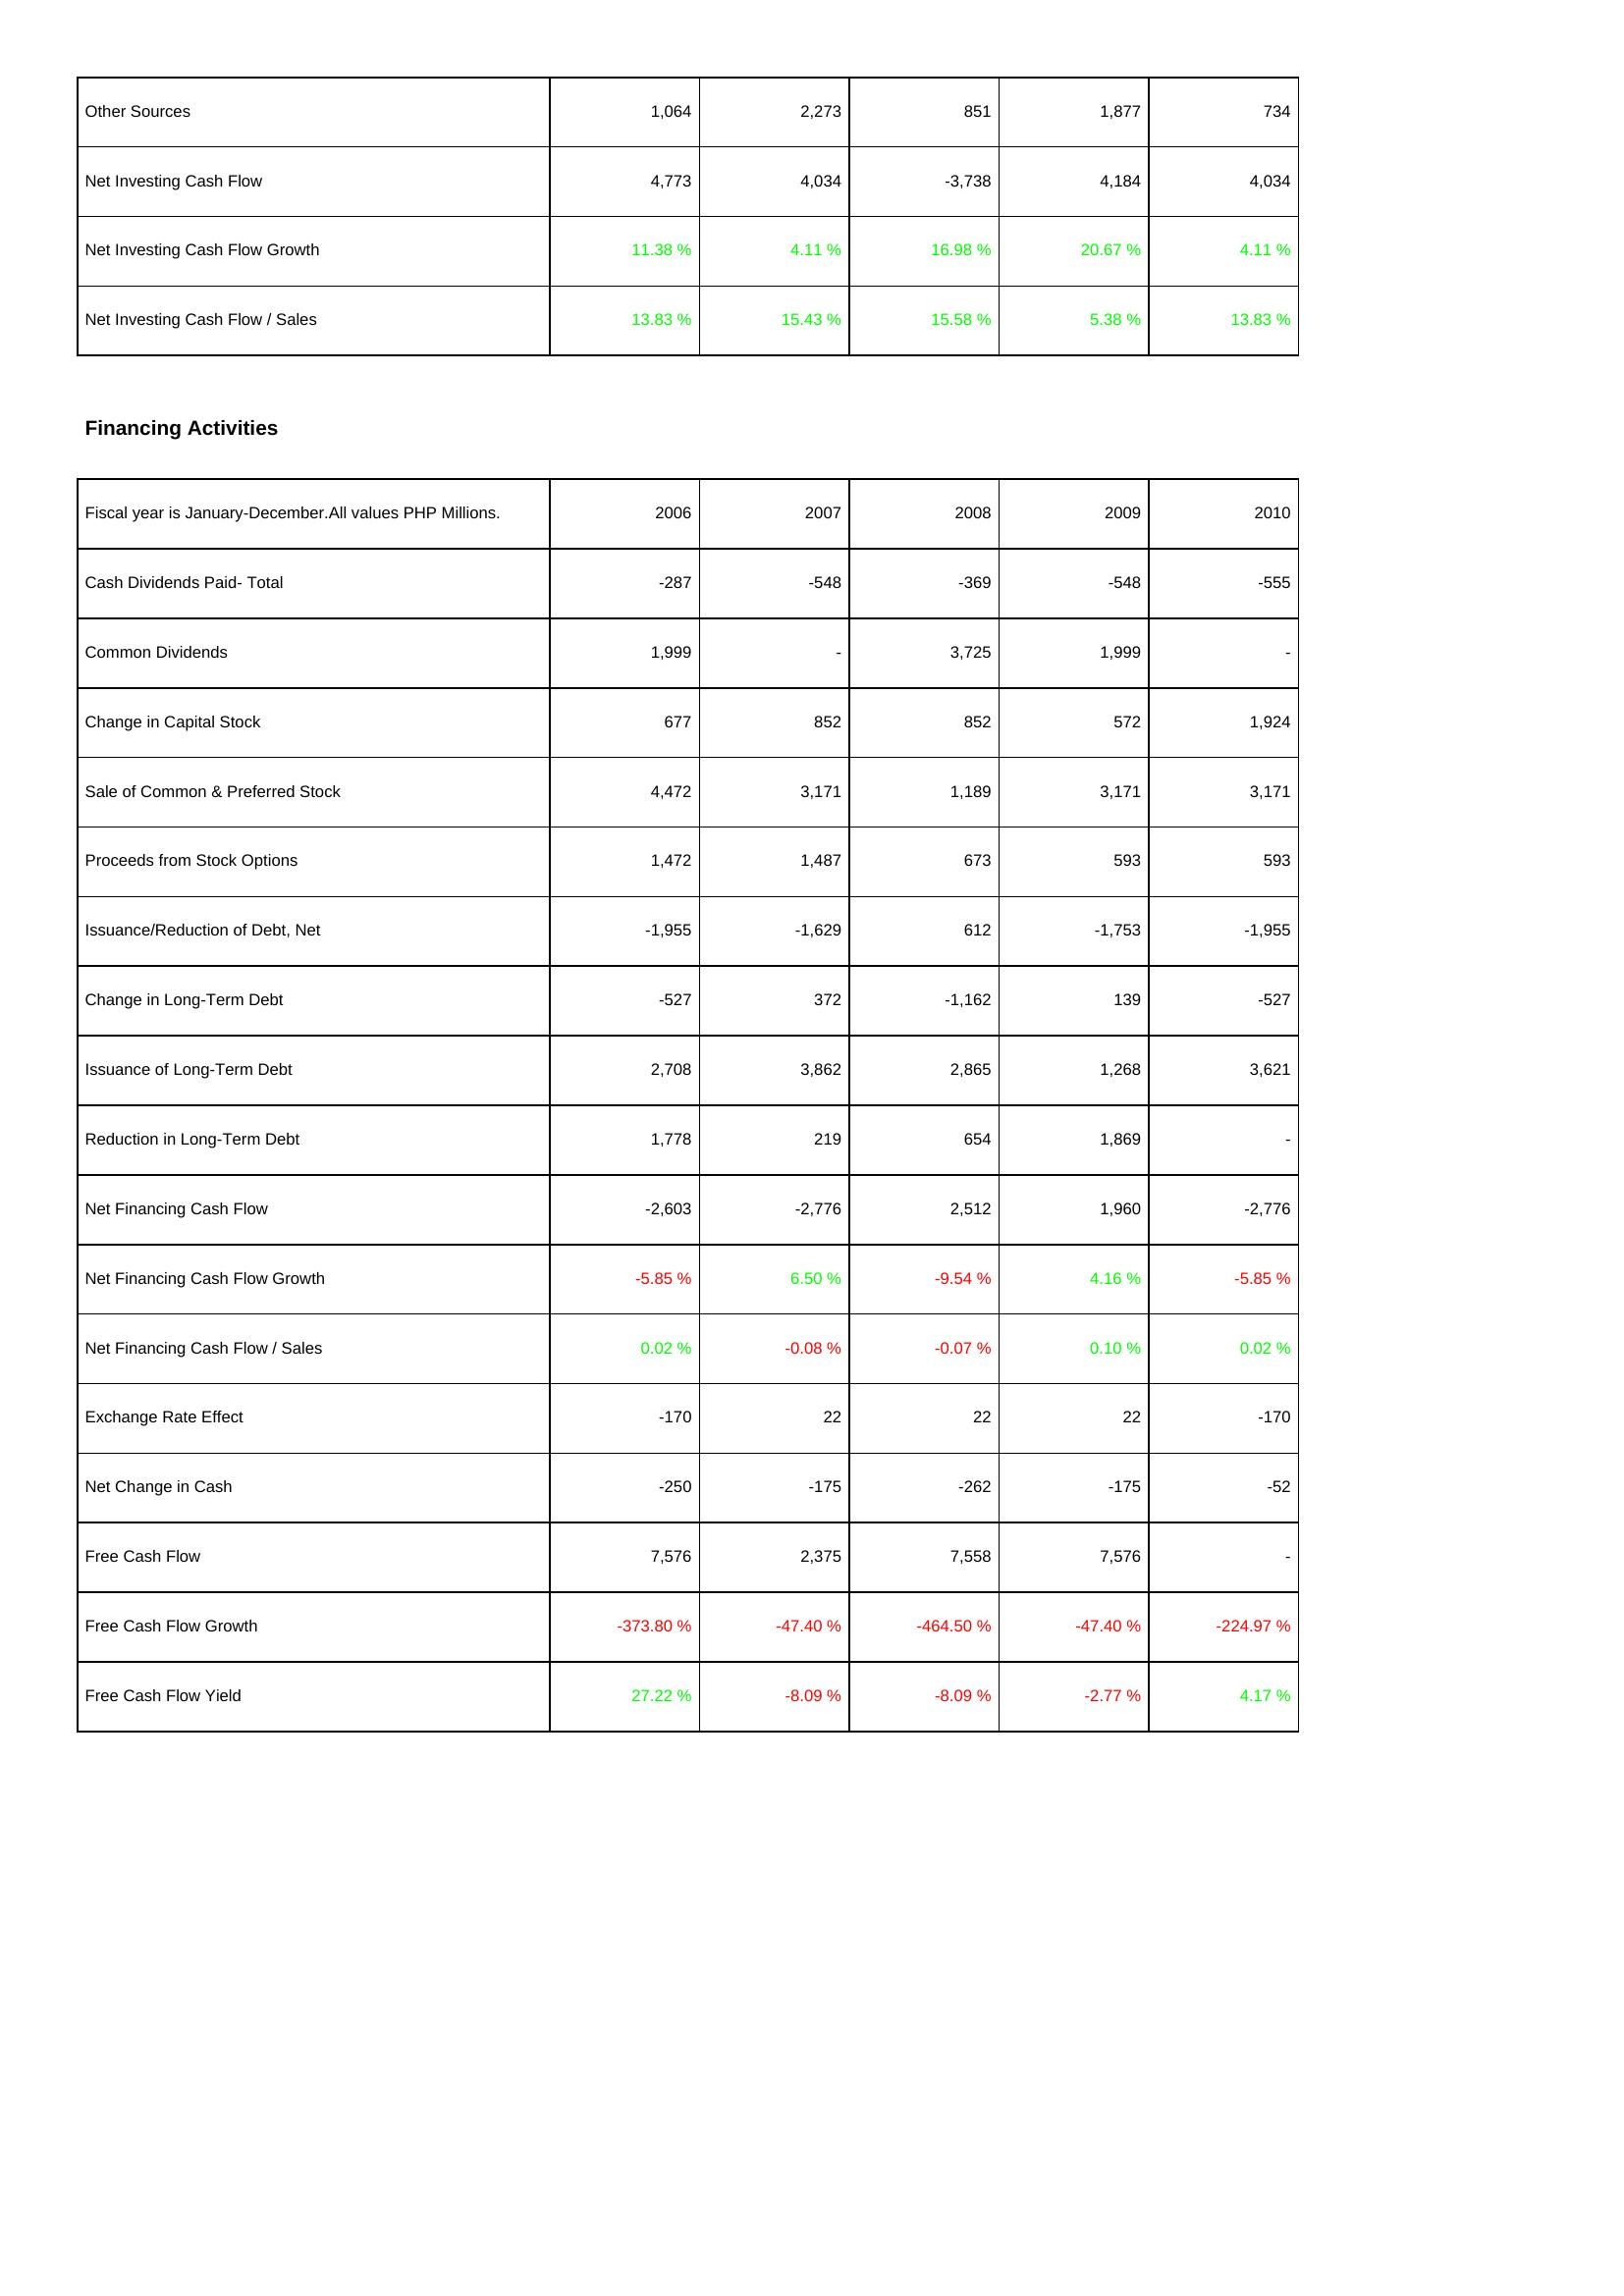
2006: Investing Activities: Other Sources: 1,064
Net Investing Cash Flow: 4,773
Net Investing Cash Flow Growth: 11.38 %
Net Investing Cash Flow / Sales: 13.83 %
Financing Activities: Cash Dividends Paid- Total: -287
Common Dividends: 1,999
Change in Capital Stock: 677
Sale of Common & Preferred Stock: 4,472
Proceeds from Stock Options: 1,472
Issuance/Reduction of Debt, Net: -1,955
Change in Long-Term Debt: -527
Issuance of Long-Term Debt: 2,708
Reduction in Long-Term Debt: 1,778
Net Financing Cash Flow: -2,603
Net Financing Cash Flow Growth: -5.85 %
Net Financing Cash Flow / Sales: 0.02 %
Exchange Rate Effect: -170
Net Change in Cash: -250
Free Cash Flow: 7,576
Free Cash Flow Growth: -373.80 %
Free Cash Flow Yield: 27.22 %
2007: Investing Activities: Other Sources: 2,273
Net Investing Cash Flow: 4,034
Net Investing Cash Flow Growth: 4.11 %
Net Investing Cash Flow / Sales: 15.43 %
Financing Activities: Cash Dividends Paid- Total: -548
Common Dividends: -
Change in Capital Stock: 852
Sale of Common & Preferred Stock: 3,171
Proceeds from Stock Options: 1,487
Issuance/Reduction of Debt, Net: -1,629
Change in Long-Term Debt: 372
Issuance of Long-Term Debt: 3,862
Reduction in Long-Term Debt: 219
Net Financing Cash Flow: -2,776
Net Financing Cash Flow Growth: 6.50 %
Net Financing Cash Flow / Sales: -0.08 %
Exchange Rate Effect: 22
Net Change in Cash: -175
Free Cash Flow: 2,375
Free Cash Flow Growth: -47.40 %
Free Cash Flow Yield: -8.09 %
2008: Investing Activities: Other Sources: 851
Net Investing Cash Flow: -3,738
Net Investing Cash Flow Growth: 16.98 %
Net Investing Cash Flow / Sales: 15.58 %
Financing Activities: Cash Dividends Paid- Total: -369
Common Dividends: 3,725
Change in Capital Stock: 852
Sale of Common & Preferred Stock: 1,189
Proceeds from Stock Options: 673
Issuance/Reduction of Debt, Net: 612
Change in Long-Term Debt: -1,162
Issuance of Long-Term Debt: 2,865
Reduction in Long-Term Debt: 654
Net Financing Cash Flow: 2,512
Net Financing Cash Flow Growth: -9.54 %
Net Financing Cash Flow / Sales: -0.07 %
Exchange Rate Effect: 22
Net Change in Cash: -262
Free Cash Flow: 7,558
Free Cash Flow Growth: -464.50 %
Free Cash Flow Yield: -8.09 %
2009: Investing Activities: Other Sources: 1,877
Net Investing Cash Flow: 4,184
Net Investing Cash Flow Growth: 20.67 %
Net Investing Cash Flow / Sales: 5.38 %
Financing Activities: Cash Dividends Paid- Total: -548
Common Dividends: 1,999
Change in Capital Stock: 572
Sale of Common & Preferred Stock: 3,171
Proceeds from Stock Options: 593
Issuance/Reduction of Debt, Net: -1,753
Change in Long-Term Debt: 139
Issuance of Long-Term Debt: 1,268
Reduction in Long-Term Debt: 1,869
Net Financing Cash Flow: 1,960
Net Financing Cash Flow Growth: 4.16 %
Net Financing Cash Flow / Sales: 0.10 %
Exchange Rate Effect: 22
Net Change in Cash: -175
Free Cash Flow: 7,576
Free Cash Flow Growth: -47.40 %
Free Cash Flow Yield: -2.77 %
2010: Investing Activities: Other Sources: 734
Net Investing Cash Flow: 4,034
Net Investing Cash Flow Growth: 4.11 %
Net Investing Cash Flow / Sales: 13.83 %
Financing Activities: Cash Dividends Paid- Total: -555
Common Dividends: -
Change in Capital Stock: 1,924
Sale of Common & Preferred Stock: 3,171
Proceeds from Stock Options: 593
Issuance/Reduction of Debt, Net: -1,955
Change in Long-Term Debt: -527
Issuance of Long-Term Debt: 3,621
Reduction in Long-Term Debt: -
Net Financing Cash Flow: -2,776
Net Financing Cash Flow Growth: -5.85 %
Net Financing Cash Flow / Sales: 0.02 %
Exchange Rate Effect: -170
Net Change in Cash: -52
Free Cash Flow: -
Free Cash Flow Growth: -224.97 %
Free Cash Flow Yield: 4.17 %